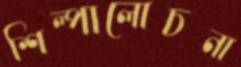
শিল্পালোচনা